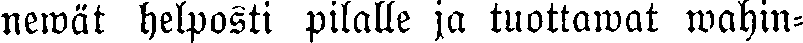
newät helposti pilalle ja tuottawat wahin-